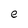
Character: e